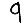
Digit: 9